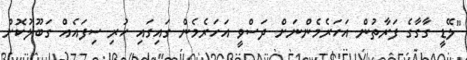
"ލޭޑީ ގާގާގެ ފަރާތުން އަހަރެމެންނަށް ދަސްވީ އަހަރެމެން ގައިގައި ހުރި ސިފައެއް ގަބޫލުކޮށް